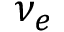
\nu _ { e }